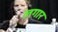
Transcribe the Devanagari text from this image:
लगार